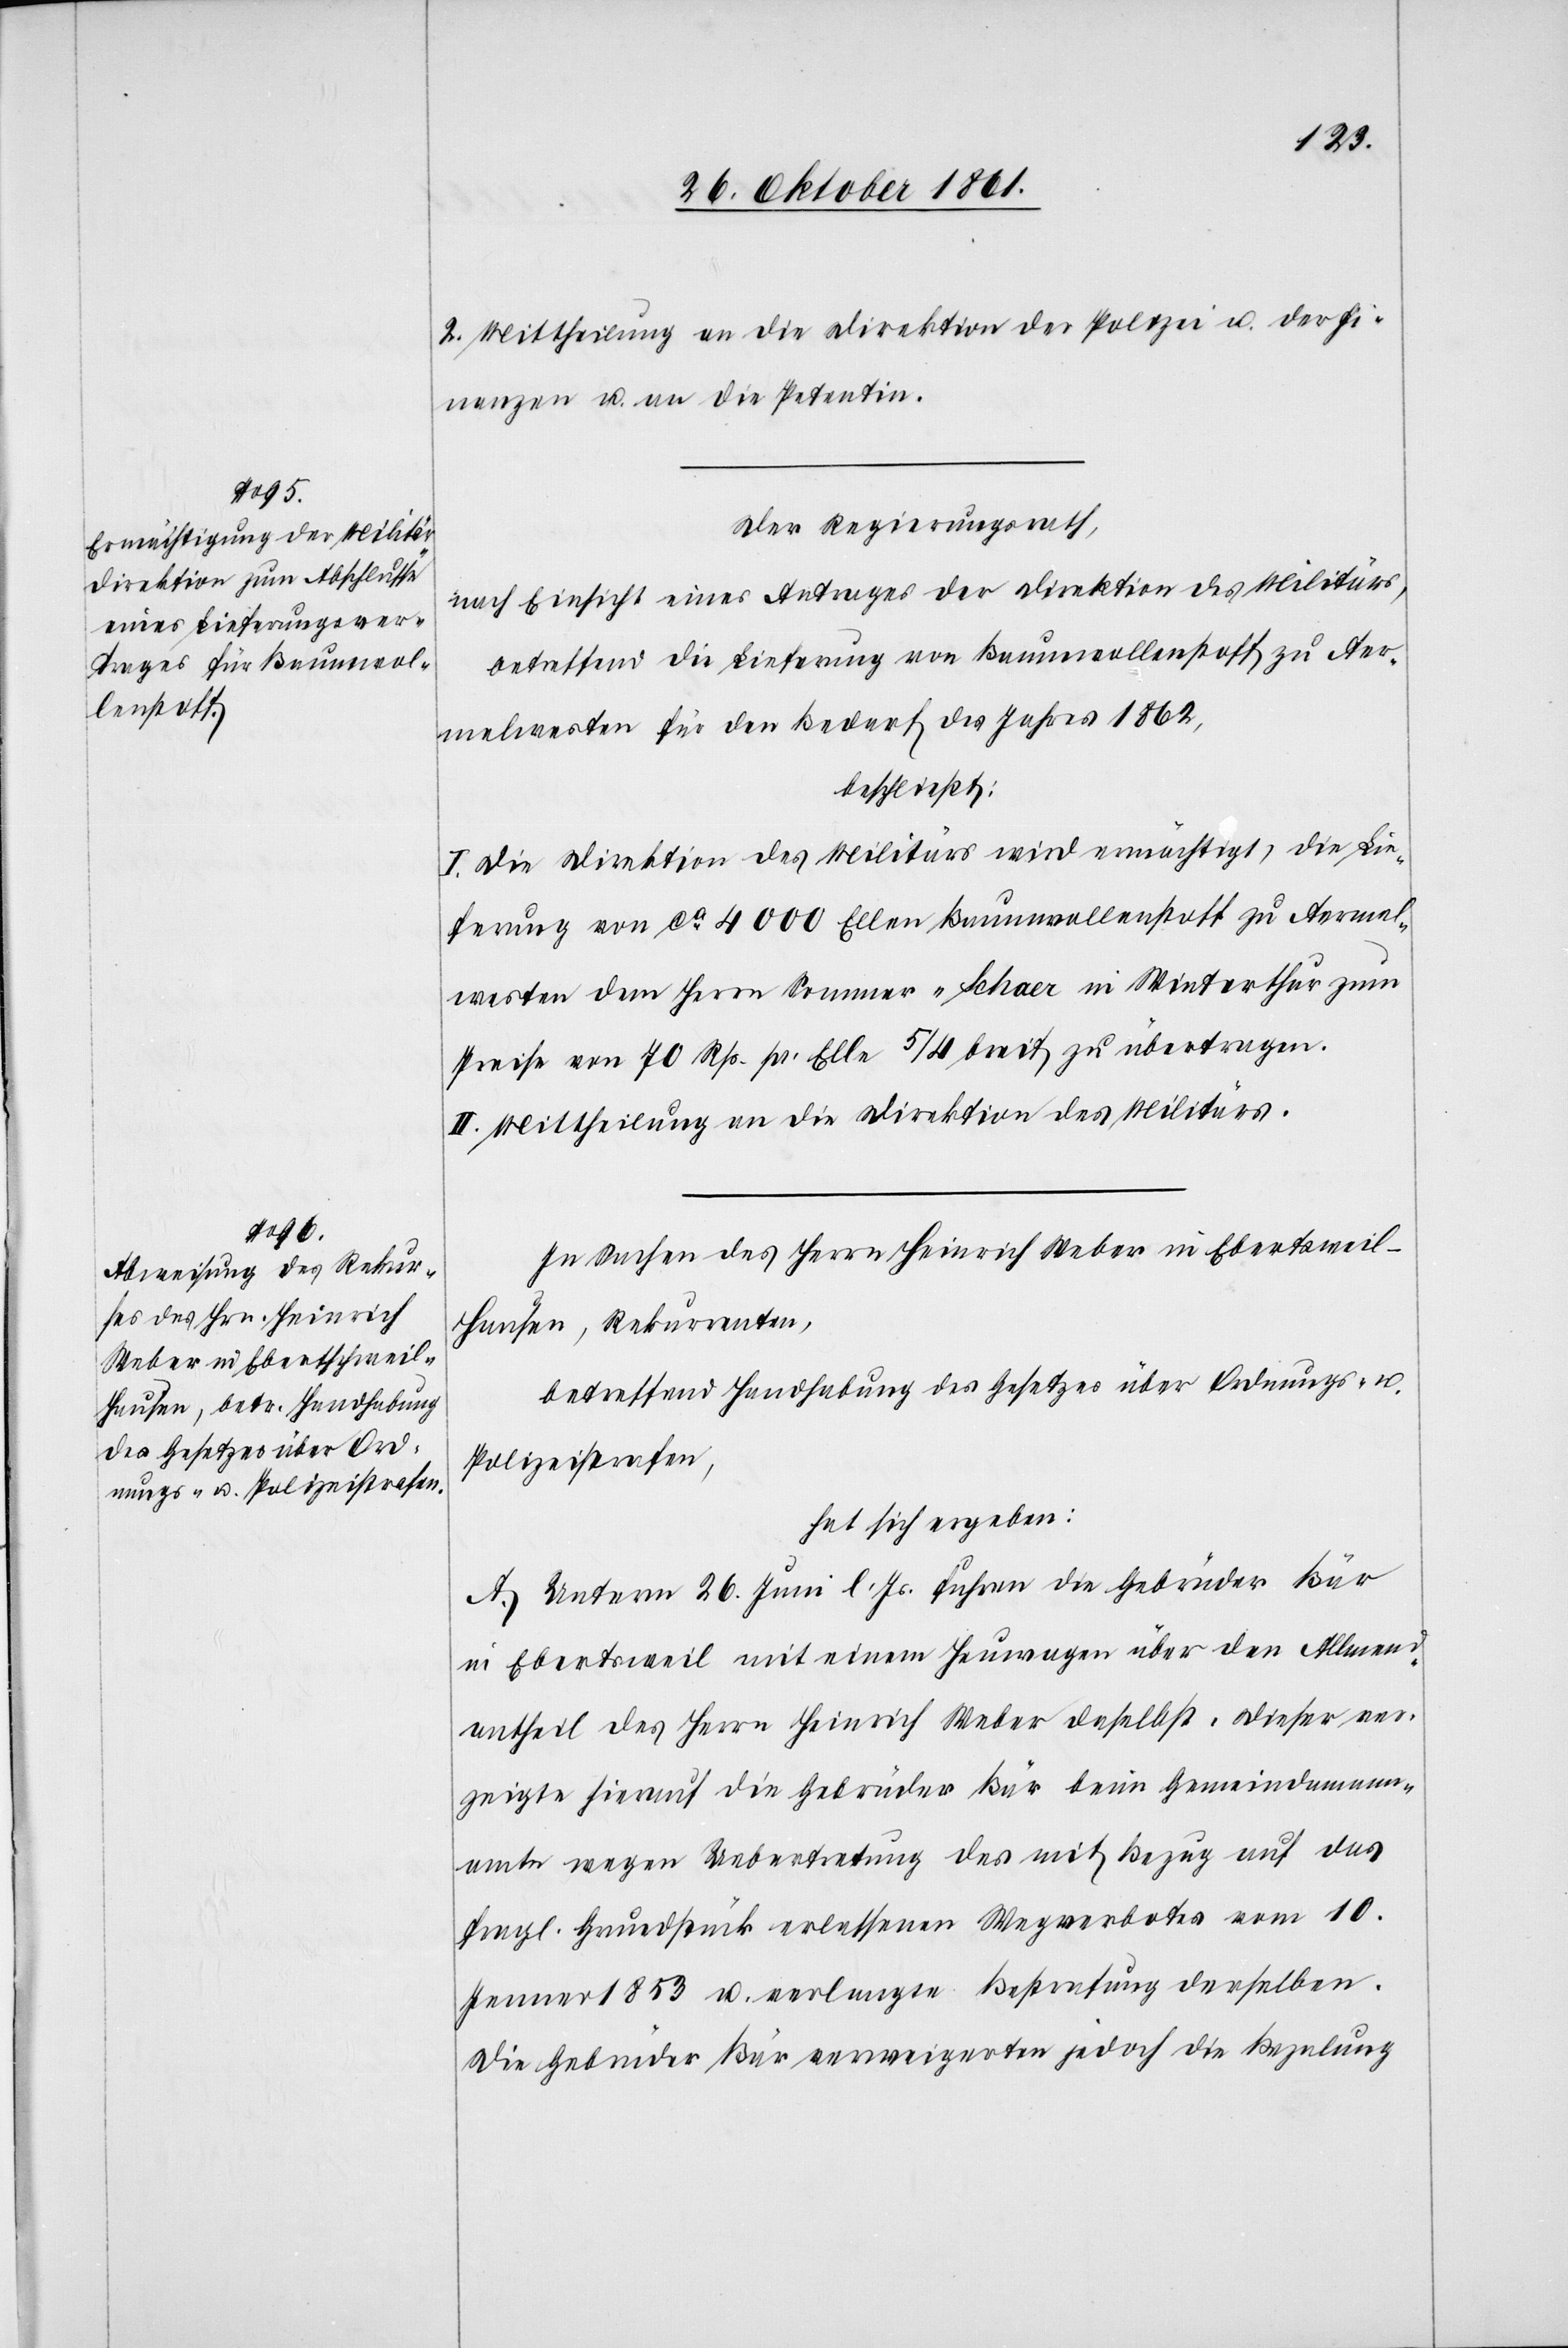
2. Mittheilung an die Direktion der Polizei u. der Fi¬
nanzen u. an die Petentin.
Der Regierungsrath,
nach Einsicht eines Antrages der Direktion des Militärs,
betreffend die Lieferung von Baumwollenstoff zu Aer¬
melwesten für den Bedarf des Jahres 1862,
beschließt:
I. Die Direktion des Militärs wird ermächtigt, die Lie¬
ferung von ca 4000 Ellen Baumwollenstoff zu Aermel¬
westen dem Herrn Sommer-Schaer in Winterthur zum
Preise von 70 Rp. pr. Elle 5/4 breit zu übertragen.
II. Mittheilung an die Direktion des Militärs.
In Sachen des Herrn Heinrich Weber in Ebertswei¬
l-Hausen, Rekurrenten,
betreffend Handhabung des Gesetzes über Ordnungs- u.
Polizeistrafen,
hat sich ergeben:
A. Unterm 26 Juni l. Js. fuhren die Gebrüder Bär
in Ebertsweil mit einem Heuwagen über den Allmend¬
antheil des Herrn Heinrich Weber daselbst. Dieser ver¬
zeigte hierauf die Gebrüder Bär beim Gemeindammann¬
amte wegen Uebertretung des mit Bezug auf das
fragl. Grundstücke erlassenen Wegverbotes vom 10
Jenner 1853 u. verlangte Bestrafung derselben.
Die Gebrüder Bär verweigerten jedoch die Bezalung